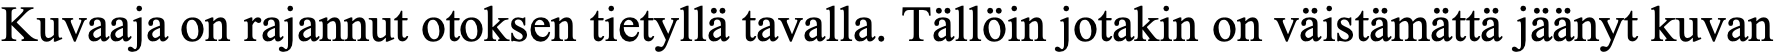
Kuvaaja on rajannut otoksen tietyllä tavalla. Tällöin jotakin on väistämättä jäänyt kuvan